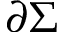
\partial \Sigma